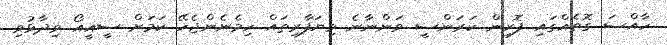
ހާއްސަ ގޮތެއްގައި ފޮރިން ކަރަންސީ ވަންނާނެ ވިޔަފާރިތައް ހިމެނެންޖެހޭ ކަމަށް ސީއީއޯ ވިދާޅުވި